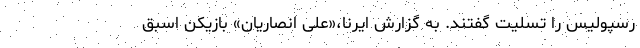
رسپولیس را تسلیت گفتند. به گزارش ایرنا،«علی انصاریان» بازیکن اسبق